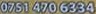
0751 470 6334